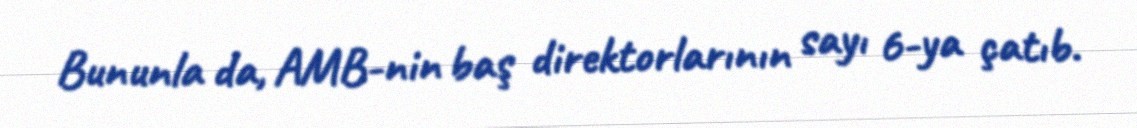
Bununla da, AMB-nin baş direktorlarının sayı 6-ya çatıb.